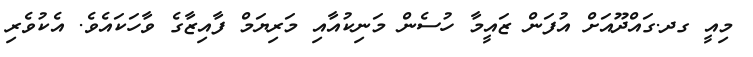
މިއީ ގދ.ގައްދޫއަށް އުފަން ޒައީމާ ހުސެން މަނިކުއާއި މަރިޔަމް ފާއިޒާގެ ވާހަކައެވެ. އެކުވެރި